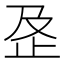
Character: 𰙟